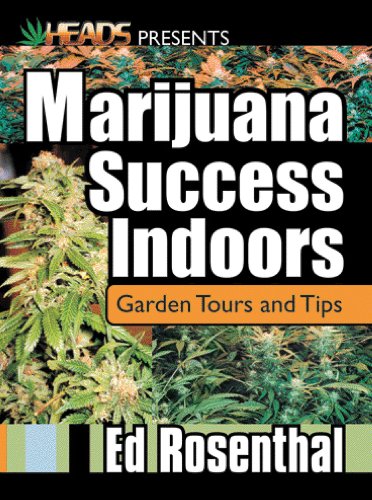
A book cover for Marijuana Success Indoors: Garden Tours and Tips (Best of the Crop); Ed Rosenthal; Crafts, Hobbies & Home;